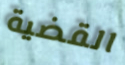
القضية